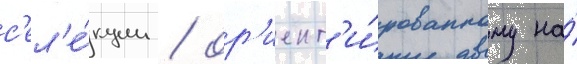
с'ел'е́кции / ор'иент'и́рованному на́